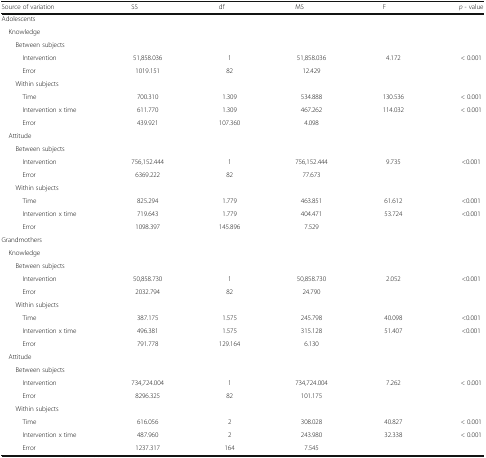
<table><thead><tr><td><b>Source of variation</b></td><td><b>SS</b></td><td><b>df</b></td><td><b>MS</b></td><td><b>F</b></td><td><b><i>p</i> - value</b></td></tr></thead><tbody><tr><td colspan="6">Adolescents</td></tr><tr><td colspan="6"> Knowledge</td></tr><tr><td colspan="6">Between subjects</td></tr><tr><td>Intervention</td><td>51,858.036</td><td>1</td><td>51,858.036</td><td>4.172</td><td>&lt; 0.001</td></tr><tr><td>Error</td><td>1019.151</td><td>82</td><td>12.429</td><td>[EMPTY_CELL]</td><td>[EMPTY_CELL]</td></tr><tr><td colspan="6">Within subjects</td></tr><tr><td>Time</td><td>700.310</td><td>1.309</td><td>534.888</td><td>130.536</td><td>&lt; 0.001</td></tr><tr><td>Intervention x time</td><td>611.770</td><td>1.309</td><td>467.262</td><td>114.032</td><td>&lt; 0.001</td></tr><tr><td>Error</td><td>439.921</td><td>107.360</td><td>4.098</td><td>[EMPTY_CELL]</td><td>[EMPTY_CELL]</td></tr><tr><td colspan="6"> Attitude</td></tr><tr><td colspan="6">Between subjects</td></tr><tr><td>Intervention</td><td>756,152.444</td><td>1</td><td>756,152.444</td><td>9.735</td><td>&lt;0.001</td></tr><tr><td>Error</td><td>6369.222</td><td>82</td><td>77.673</td><td>[EMPTY_CELL]</td><td>[EMPTY_CELL]</td></tr><tr><td colspan="6">Within subjects</td></tr><tr><td>Time</td><td>825.294</td><td>1.779</td><td>463.851</td><td>61.612</td><td>&lt;0.001</td></tr><tr><td>Intervention x time</td><td>719.643</td><td>1.779</td><td>404.471</td><td>53.724</td><td>&lt;0.001</td></tr><tr><td>Error</td><td>1098.397</td><td>145.896</td><td>7.529</td><td>[EMPTY_CELL]</td><td>[EMPTY_CELL]</td></tr><tr><td colspan="6">Grandmothers</td></tr><tr><td colspan="6"> Knowledge</td></tr><tr><td colspan="6">Between subjects</td></tr><tr><td>Intervention</td><td>50,858.730</td><td>1</td><td>50,858.730</td><td>2.052</td><td>&lt;0.001</td></tr><tr><td>Error</td><td>2032.794</td><td>82</td><td>24.790</td><td>[EMPTY_CELL]</td><td>[EMPTY_CELL]</td></tr><tr><td colspan="6">Within subjects</td></tr><tr><td>Time</td><td>387.175</td><td>1.575</td><td>245.798</td><td>40.098</td><td>&lt;0.001</td></tr><tr><td>Intervention x time</td><td>496.381</td><td>1.575</td><td>315.128</td><td>51.407</td><td>&lt;0.001</td></tr><tr><td>Error</td><td>791.778</td><td>129.164</td><td>6.130</td><td>[EMPTY_CELL]</td><td>[EMPTY_CELL]</td></tr><tr><td colspan="6"> Attitude</td></tr><tr><td colspan="6">Between subjects</td></tr><tr><td>Intervention</td><td>734,724.004</td><td>1</td><td>734,724.004</td><td>7.262</td><td>&lt; 0.001</td></tr><tr><td>Error</td><td>8296.325</td><td>82</td><td>101.175</td><td>[EMPTY_CELL]</td><td>[EMPTY_CELL]</td></tr><tr><td colspan="6">Within subjects</td></tr><tr><td>Time</td><td>616.056</td><td>2</td><td>308.028</td><td>40.827</td><td>&lt; 0.001</td></tr><tr><td>Intervention x time</td><td>487.960</td><td>2</td><td>243.980</td><td>32.338</td><td>&lt; 0.001</td></tr><tr><td>Error</td><td>1237.317</td><td>164</td><td>7.545</td><td>[EMPTY_CELL]</td><td>[EMPTY_CELL]</td></tr></tbody></table>